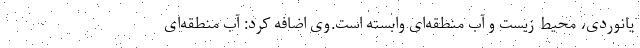
یانوردی، محیط‌ زیست و آب منطقه‌ای وابسته است.وی اضافه کرد: آب منطقه‌ای